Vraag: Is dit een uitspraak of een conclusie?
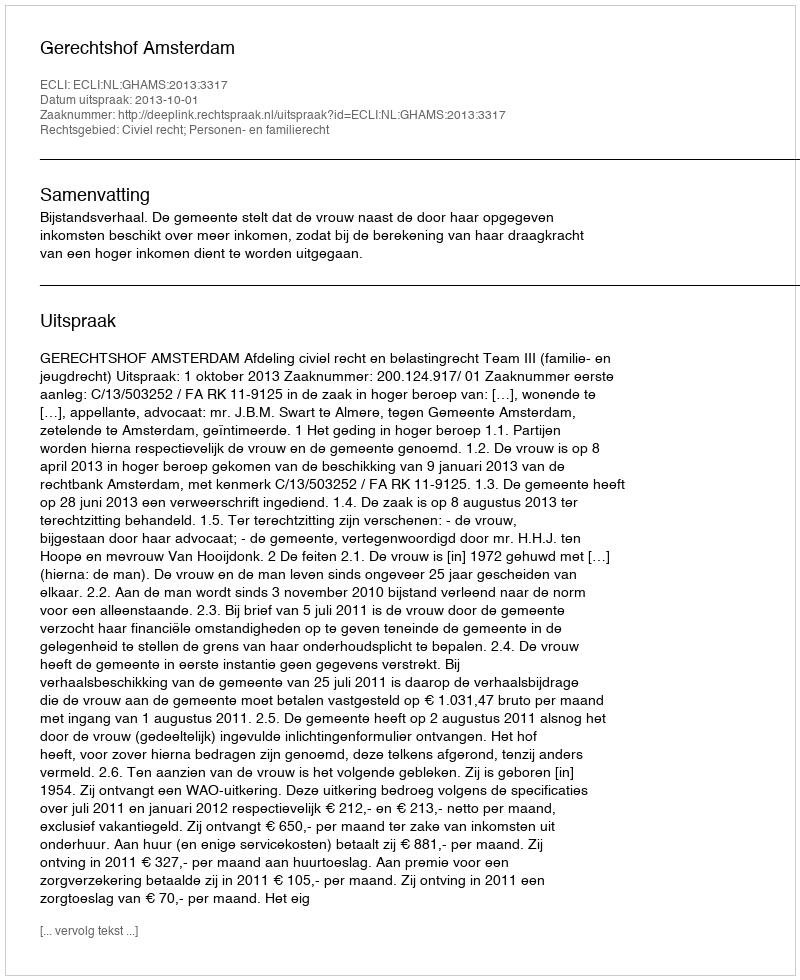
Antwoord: Uitspraak